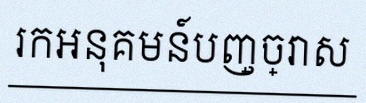
រកអនុគមន៍បញ្ច្រាស